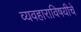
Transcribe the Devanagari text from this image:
व्यवहाराविषयीचे